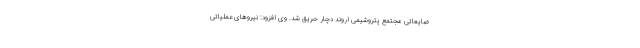
ضایعاتی مجتمع پتروشیمی اروند دچار حریق شد. وی افزود: نیروهای عملیاتی